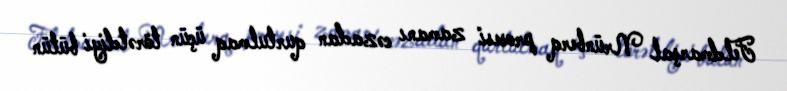
Feldmarşal Nrünberq prosesi zamanı cəzadan qurtulmaq üçün törətdiyi bütün